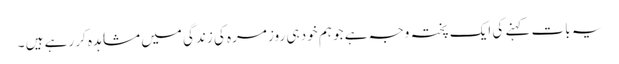
یہ بات کہنے کی ایک پختہ وجہ ہے جو ہم خود ہی روز مرہ کی زندگی میں مشاہدہ کر رہے ہیں ۔